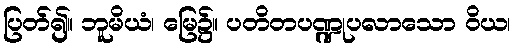
ပြတ်၍။ ဘူမိယံ၊ မြေ၌။ ပတိတပဏ္ဍုပလာသော ဝိယ၊